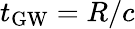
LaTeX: t_{\mathrm{GW}}=R/c